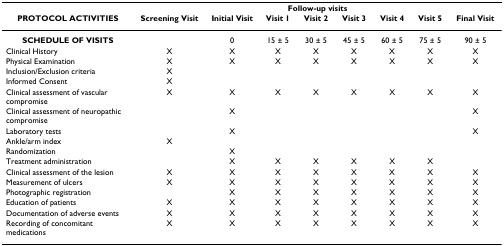
|  | <COLSPAN=8> Follow-up visits |
 | PROTOCOL ACTIVITIES | Screening Visit | Initial Visit | Visit 1 | Visit 2 | Visit 3 | Visit 4 | Visit 5 | Final Visit |
 | --- | --- | --- | --- | --- | --- | --- | --- | --- |
 | SCHEDULE OF VISITS |  | 0 | 15 ± 5 | 30 ± 5 | 45 ± 5 | 60 ± 5 | 75 ± 5 | 90 ± 5 |
 | Clinical History | X | X | X | X | X | X | X | X |
 | Physical Examination | X | X | X | X | X | X | X | X |
 | Inclusion/Exclusion criteria | X |  |  |  |  |  |  |  |
 | Informed Consent | X |  |  |  |  |  |  |  |
 | Clinical assessment of vascular compromise | X | X | X | X | X | X | X | X |
 | Clinical assessment of neuropathic compromise |  | X |  |  |  |  |  | X |
 | Laboratory tests |  | X |  |  |  |  |  | X |
 | Ankle/arm index | X |  |  |  |  |  |  |  |
 | Randomization |  | X |  |  |  |  |  |  |
 | Treatment administration |  | X | X | X | X | X | X |  |
 | Clinical assessment of the lesion | X | X | X | X | X | X | X | X |
 | Measurement of ulcers | X | X | X | X | X | X | X | X |
 | Photographic registration |  | X | X | X | X | X | X | X |
 | Education of patients | X | X | X | X | X | X | X | X |
 | Documentation of adverse events | X | X | X | X | X | X | X | X |
 | Recording of concomitant medications | X | X | X | X | X | X | X | X |